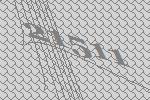
21511